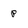
Character: p